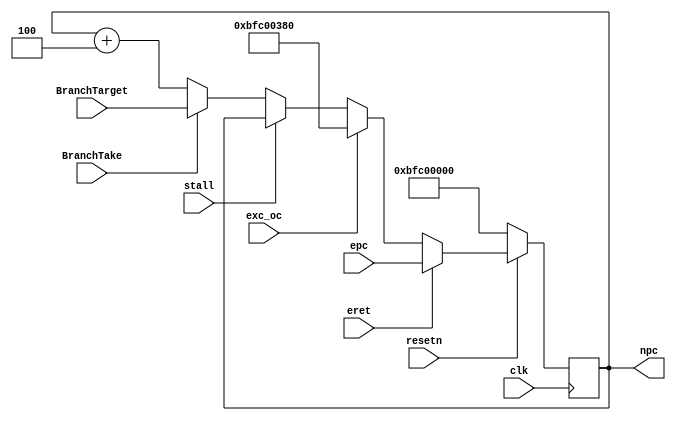
`timescale 1ns/1ps

`define EXEC_ADDR   32'hbfc0_0380
`define RESET_ADDR  32'hbfc0_0000
module pc(
    input       clk,
    input       resetn,

    input               stall,          // 1: pipeline stalled
    input               BranchTake,     // 1: take, 0: not take
    input       [31:0]  BranchTarget,   // target address of branch

    input               exc_oc,         // 1: exception occur, 0: not

    input               eret,           // eret
    input       [31:0]  epc,
    output reg  [31:0]  npc
);

    always @(posedge clk) begin
        if(!resetn) npc <= `RESET_ADDR;
        else npc <= eret ? epc : 
                    exc_oc ? `EXEC_ADDR :
                    stall ? npc :
                    BranchTake ? BranchTarget : npc+32'd4;
    end

endmodule